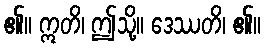
၏။ ဣတိ၊ ဤသို့။ ဒေဿတိ၊ ၏။